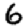
Digit: 6